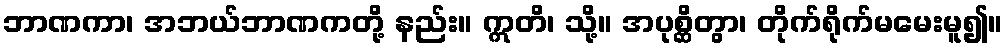
ဘာဏကာ၊ အဘယ်ဘာဏကတို့ နည်း။ ဣတိ၊ သို့။ အပုစ္ဆိတွာ၊ တိုက်ရိုက်မမေးမူ၍။